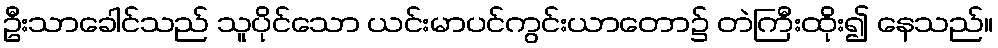
ဦးသာခေါင်သည် သူပိုင်သော ယင်းမာပင်ကွင်းယာတော၌ တဲကြီးထိုး၍ နေသည်။